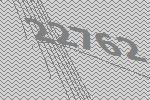
22762